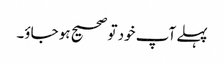
پہلے آپ خود تو صحیح ہو جاؤ۔